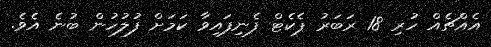
އެއްޗެއް ހުރި 18 ރަބަރު ޕެކެޓް ފެނިފައިވާ ކަމަށް ފުލުހުން ބުނެ އެވެ.